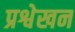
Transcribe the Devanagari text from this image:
प्रश्वेखन